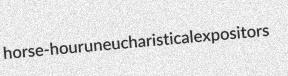
horse-hour uneucharistical expositors